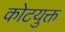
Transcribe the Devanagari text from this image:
कोटयुक्त